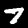
Label: 7